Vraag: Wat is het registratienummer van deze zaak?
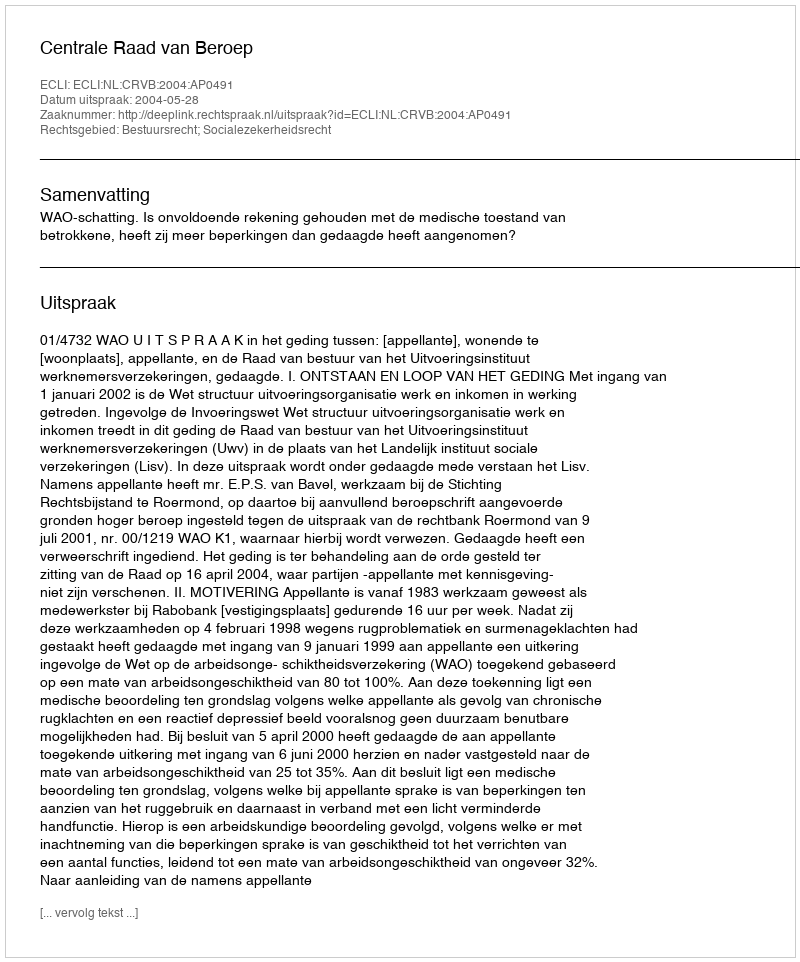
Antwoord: http://deeplink.rechtspraak.nl/uitspraak?id=ECLI:NL:CRVB:2004:AP0491